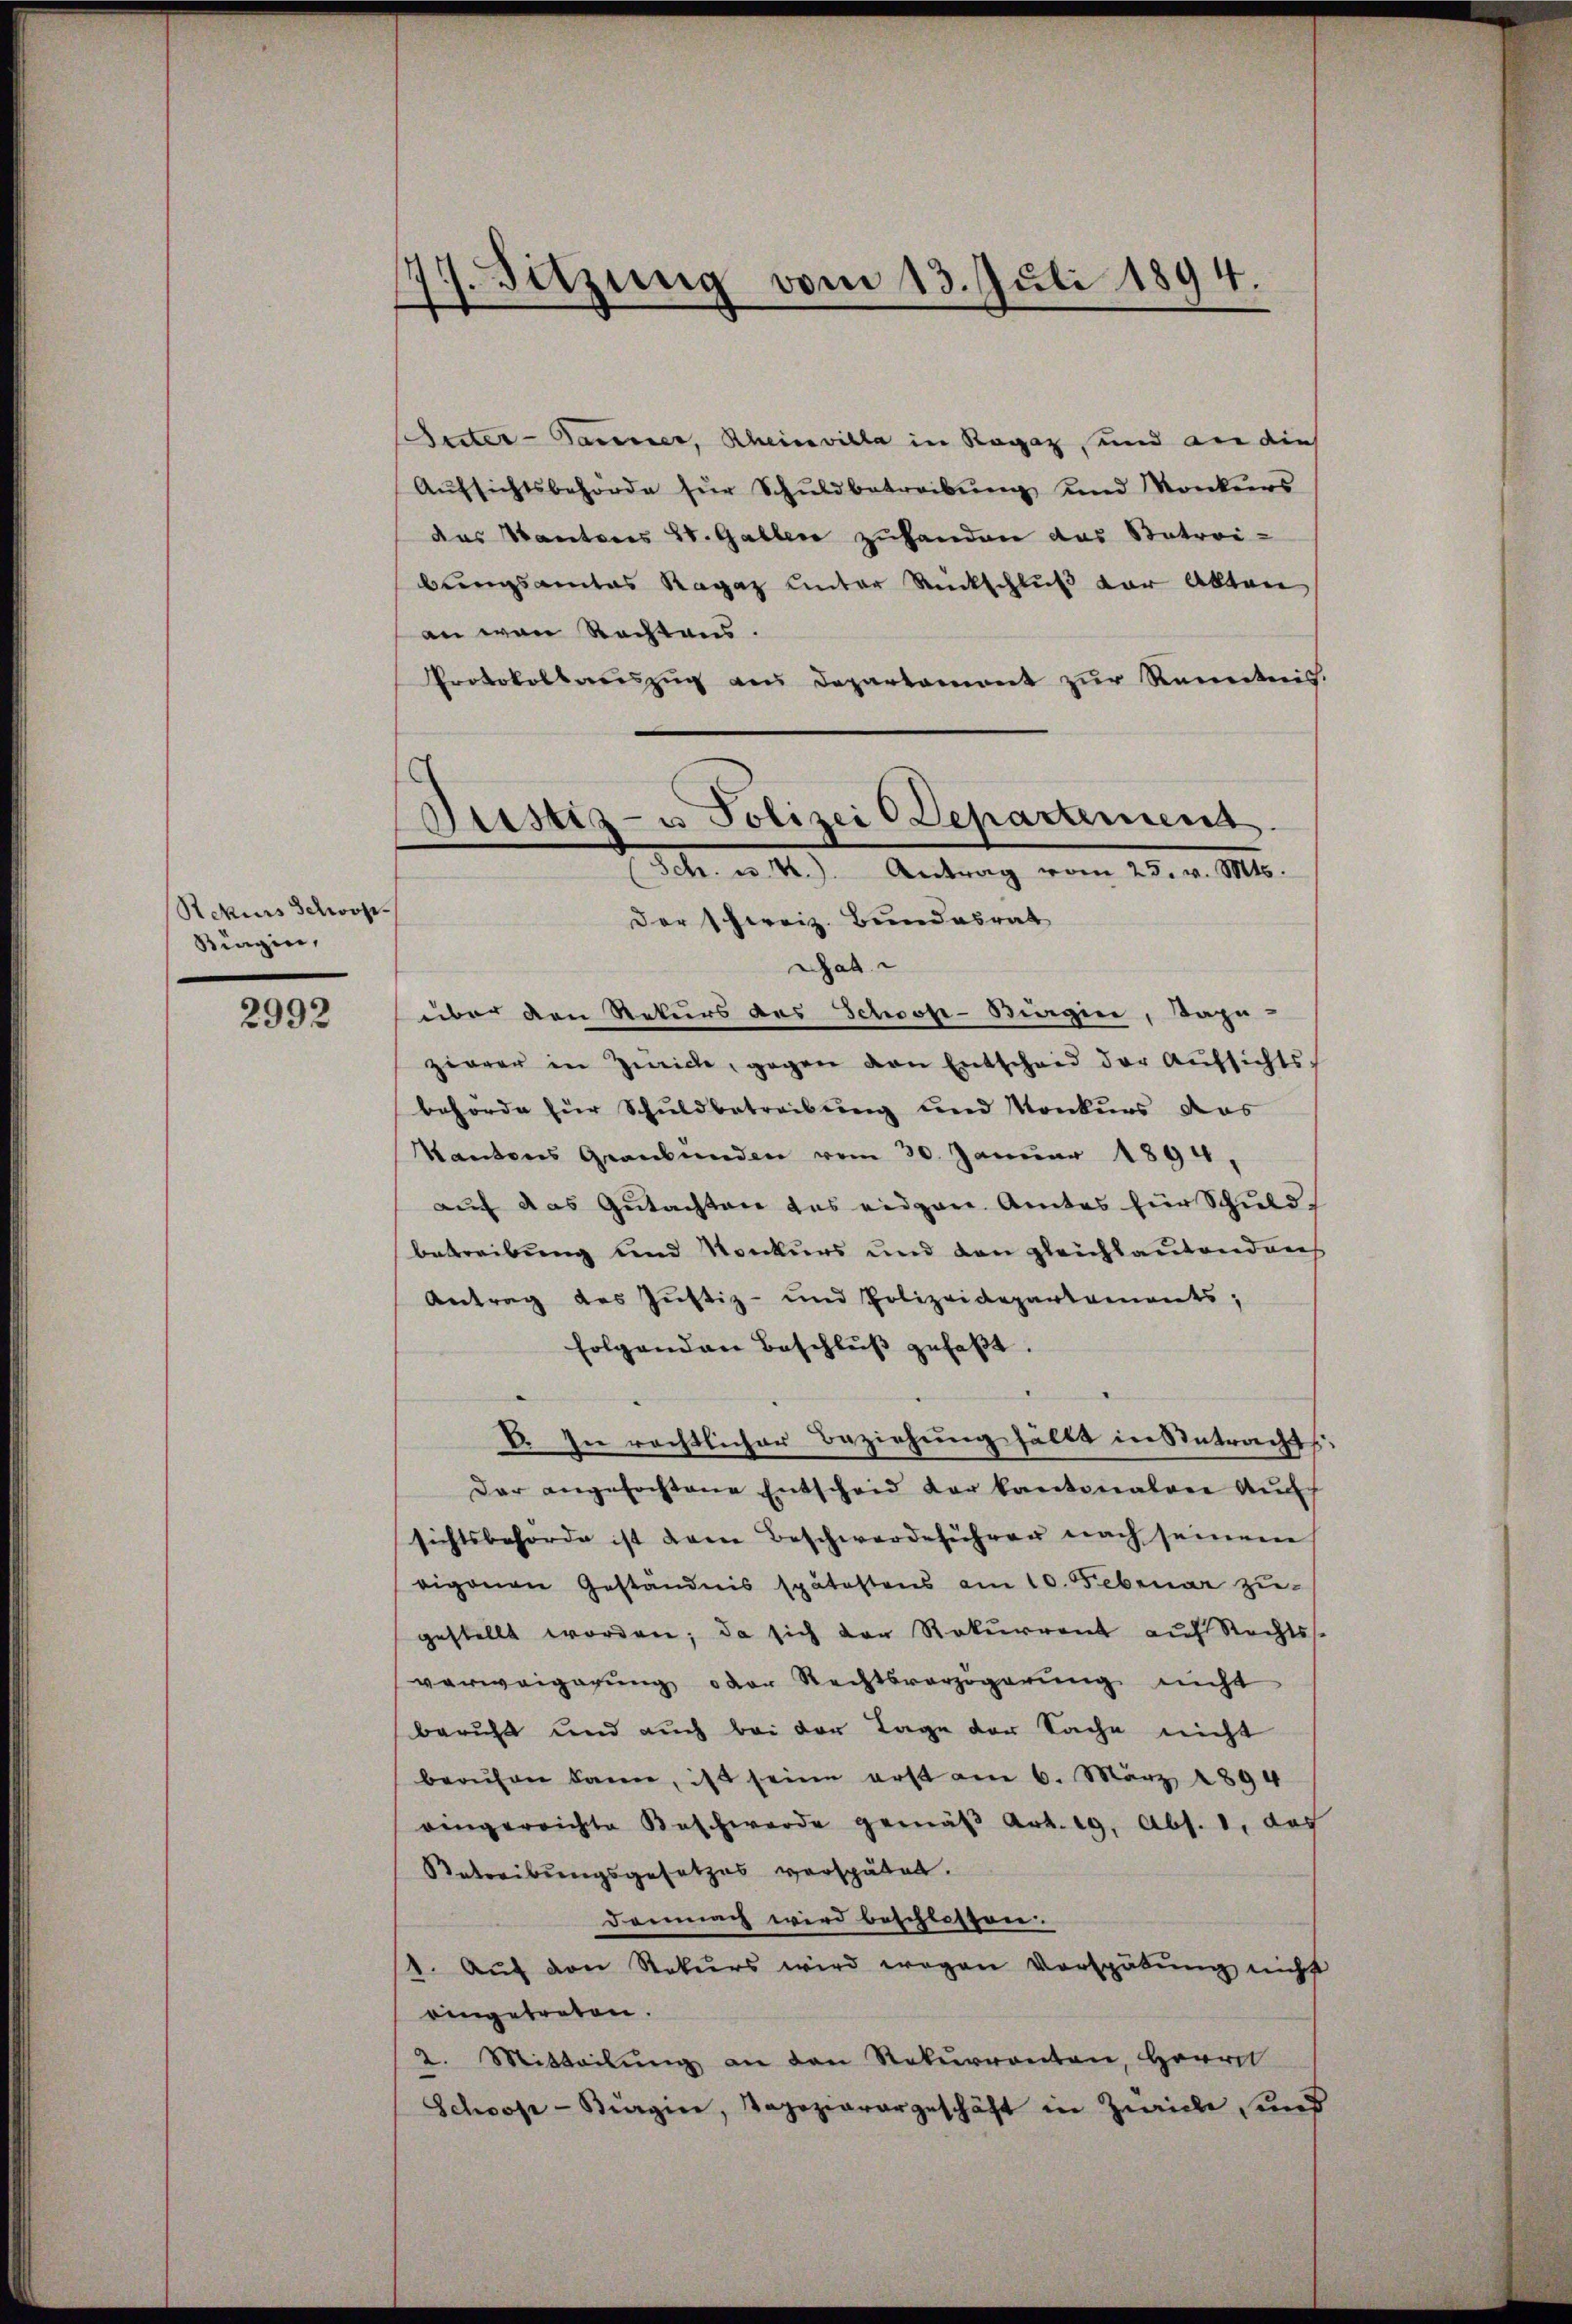
Rekurs schwore
Singin,

2992

77. Sitzung vom 13. Juli 1894.

Justiz- u Polizei Departement.
Sch. u. 4.) Antrag vom 25. v. Mts.

huster-Baumer, Rheinvilla in Ragaz und an dies
Aŭfsichtsbehörde für Schŭldbetreibŭng und Konkers
das Kantons St. Gallen zuhanden das Natroi-
bungsamtes Ragaz unter Rückschluß der Akten
an von Rechtens.
Protokollaŭszŭg ans Departament zŭr Renntnis.
Der Schweiz. Bundesrat
Gat
über den Rekurs des Schoop-Burgie, dazu
zierer in Zwicke, gegen von Entscheid der Aŭfsichts-
behörde für Schuldbetreibung und Konkurs das
Kantons Graubünden vom 20. Januar 1894
auf das Gutachten das eidgen. Amtes für Schuld-
betreibung und Konkurs und den gleichlautendans
Antrag des Justiz- und Polizeidepartaments,
folgenden Beschlŭβ gefaβt.
E. In rechtlicher Beziehung fällt in Antracht,
Der angefochtene Entscheid der Kantonalen Auff
sichtsbehörde ist dem Beschwerdeführer nach seinem
eigenen Geständnis spätestens am 10. Februar zu
gestellt worden; da sich der Rekurrent auf Rechtss.
verweigerung oder Rechtsverzögerung nicht
beruht und auch bei der Tage der Sache nicht
berŭfen kann, ist seine erst am 6. März 1894
eingereichte Beschwerde gemäβ Art. 19. Abs. 1. das
Betreibungsgesetzes verspätet.
Demnach wird beschlossen.
1. Aŭf von Rekurs wird wegen Vorspätung nicht
eingetreten.
2. Mitteilŭng an den Rekurrenten, Herre
Schoop-Burgier, Tapeziarargeschäft in Zürich, und